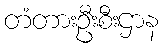
တံတားဦးစီးဌာန